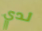
لدي